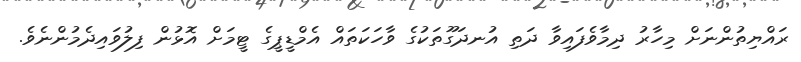
ރައްޔިތުންނަށް މިހާރު ދިމާވެފައިވާ ދަތި އުނދަގޫތަކުގެ ވާހަކަތައް އެމްޑީޕީގެ ޓީމަށް އޮޅުން ފިލުވައިދެމުންނެވެ.